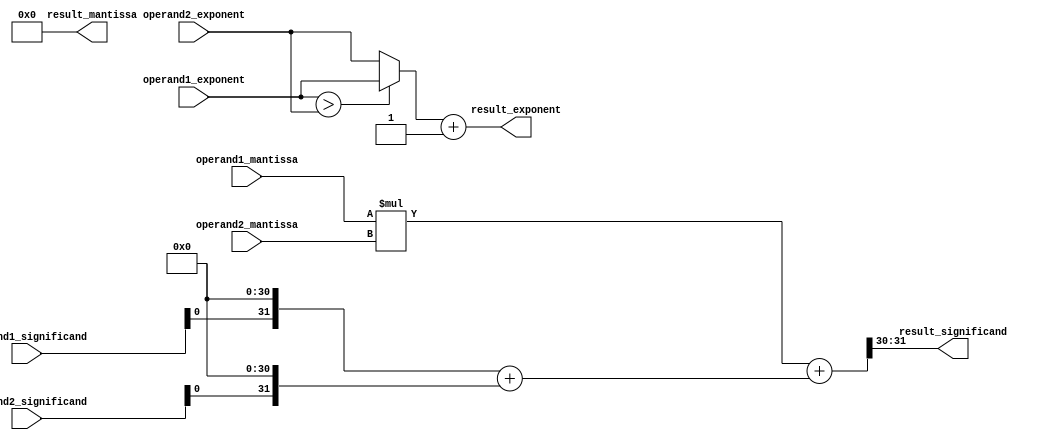
module fused_multiply_add_unit (
    input wire [31:0] operand1_mantissa,
    input wire [31:0] operand2_mantissa,
    input wire [7:0] operand1_exponent,
    input wire [7:0] operand2_exponent,
    input wire [1:0] operand1_significand,
    input wire [1:0] operand2_significand,
    output reg [31:0] result_mantissa,
    output reg [7:0] result_exponent,
    output reg [1:0] result_significand
);

reg [63:0] product;
reg [39:0] sum;
reg [7:0] rounded_value;

// Multiplier block
always @* begin
    product = operand1_mantissa * operand2_mantissa;
end

// Adder block
always @* begin
    sum = product + ((operand1_significand << 31) + (operand2_significand << 31));
end

// Rounder block
always @* begin
    rounded_value = sum[38:32];
end

always @* begin
    // Adjust the exponent
    if (operand1_exponent > operand2_exponent) begin
        result_exponent = operand1_exponent;
    end else begin
        result_exponent = operand2_exponent;
    end
    
    // Combine the result
    result_mantissa = rounded_value << 32;
    result_exponent = result_exponent + 1;
    result_significand = sum[31:30];
end

endmodule